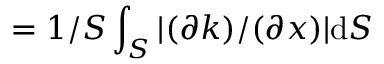
= 1 / S \int _ { S } | ( \partial k ) / ( \partial x ) | \mathrm { d } S